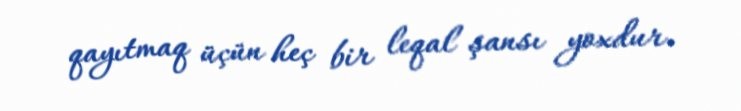
qayıtmaq üçün heç bir leqal şansı yoxdur.